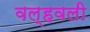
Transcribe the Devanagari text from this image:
वल्हवली